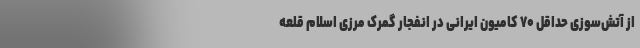
از آتش‌سوزی حداقل ۷۰ کامیون ایرانی در انفجار گمرک مرزی اسلام قلعه